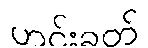
ဟင်းခတ်